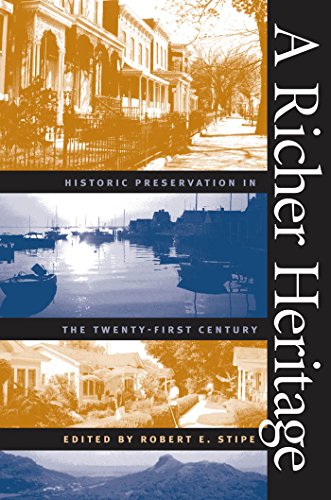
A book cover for A Richer Heritage: Historic Preservation in the Twenty-First Century; Robert E. Stipe; Arts & Photography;